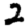
Digit: 2